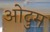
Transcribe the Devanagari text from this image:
ओदुम